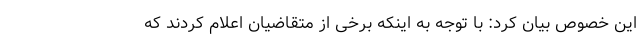
این خصوص بیان کرد: با توجه به اینکه برخی از متقاضیان اعلام کردند که